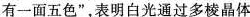
有一面五色”，表明白光通过多棱晶体